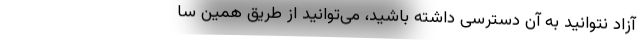
آزاد نتوانید به آن دسترسی داشته باشید، می‌توانید از طریق همین‌ سا